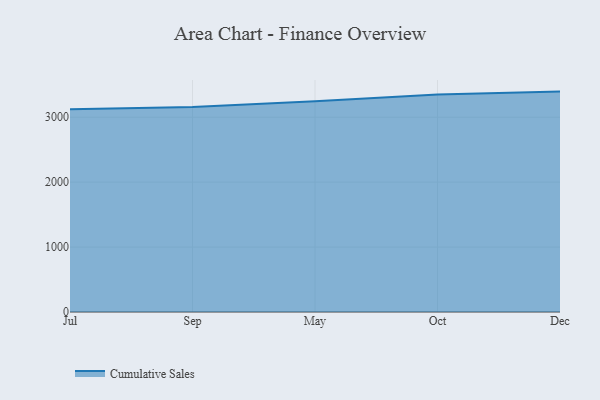
{"axis": {"x": "Month", "y": "Net Income (USD K)"}, "legend": ["Cumulative Sales"], "data": [{"x": "Jul", "y": 3123.4, "type": "Cumulative Sales"}, {"x": "Sep", "y": 3158.7, "type": "Cumulative Sales"}, {"x": "May", "y": 3246.3, "type": "Cumulative Sales"}, {"x": "Oct", "y": 3351.4, "type": "Cumulative Sales"}, {"x": "Dec", "y": 3394.3, "type": "Cumulative Sales"}]}